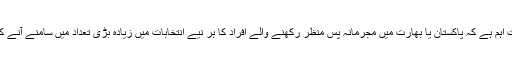
یہ پہلو اس اعتبار سے نہایت اہم ہے کہ پاکستان یا بھارت میں مجرمانہ پس منظر رکھنے والے افراد کا ہر نیے انتخابات میں زیادہ بڑی تعداد میں سامنے آنے کا رجحان زور پکڑ رہا ہے۔